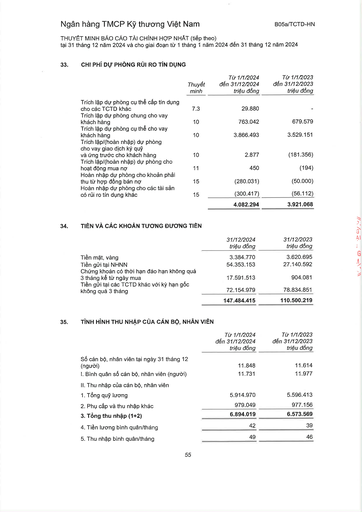
||Thuyết minh|Từ 1/1/2024 đến 31/12/2024 triệu đồng|Từ 1/1/2023 đến 31/12/2023 triệu đồng| |---|---|---|---| |Trích lập dự phòng cụ thể cấp tín dụng cho các TCTD khác|7.3|29.880|| |Trích lập dự phòng chung cho vay khách hàng|10|763.042|679.579| |Trích lập dự phòng cụ thể cho vay khách hàng|10|3.866.493|3.529.151| |Trích lập/(hoàn nhập) dự phòng cho vay giao dịch ký quỹ và ứng trước cho khách hàng|10|2.877|(181.356)| |Trích lập/(hoàn nhập) dự phòng cho hoạt động mua nợ|11|450|(194)| |Hoàn nhập dự phòng cho khoản phải thu từ hợp đồng bán nợ|15|(280.031)|(50.000)| |Hoàn nhập dự phòng cho các tài sản có rủi ro tín dụng khác|15|(300.417)|(56.112)| |||4.082.294|3.921.068| ||31/12/2024 triệu đồng|31/12/2023 triệu đồng| |---|---|---| |Tiền mặt, vàng|3.384.770|3.620.695| |Tiền gửi tại NHNN|54.353.153|27.140.592| |Chứng khoán có thời hạn đáo hạn không quá 3 tháng kể từ ngày mua|17.591.513|904.081| |Tiền gửi tại các TCTD khác với kỳ hạn gốc không quá 3 tháng|72.154.979|78.834.851| ||147.484.415|110.500.219| ||Từ 1/1/2024 đến 31/12/2024 triệu đồng|Từ 1/1/2023 đến 31/12/2023 triệu đồng| |---|---|---| |Số cán bộ, nhân viên tại ngày 31 tháng 12 (người)|11.848|11.614| |1. Bình quân số cán bộ, nhân viên (người)|11.731|11.977| |II. Thu nhập của cán bộ, nhân viên||| |1. Tổng quỹ lương|5.914.970|5.596.413| |2. Phụ cấp và thu nhập khác|979.049|977.156| |3. Tổng thu nhập (1+2)|6.894.019|6.573.569| |4. Tiền lương bình quân/tháng|42|39| |5. Thu nhập bình quân/tháng|49|46|